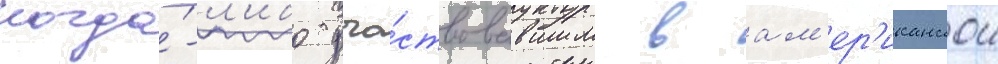
когда́-л'ибо уча́ствовавшим в ам'ер'иканскои